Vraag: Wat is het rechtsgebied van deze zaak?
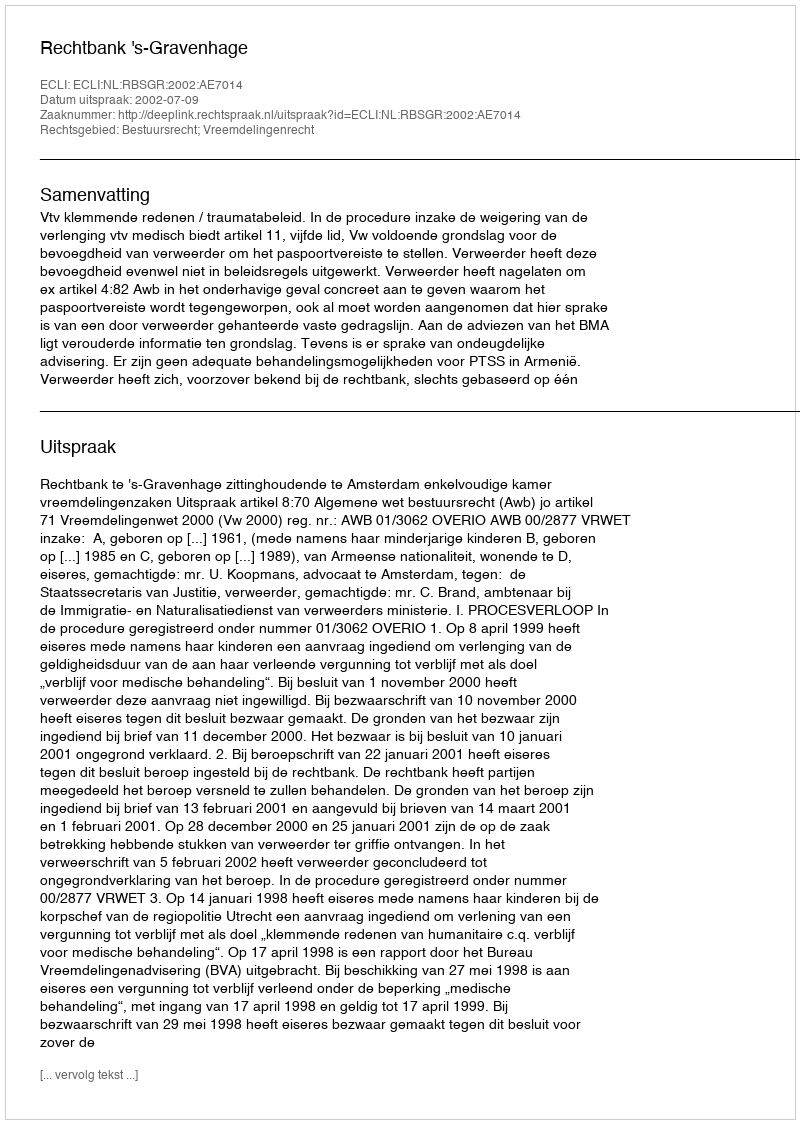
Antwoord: Bestuursrecht; Vreemdelingenrecht